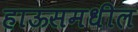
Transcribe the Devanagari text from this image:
हाऊसमधील